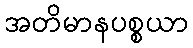
အတိမာနပစ္စယာ